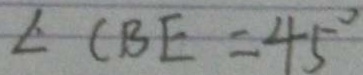
\angle C B E = 4 5 ^ { \circ }